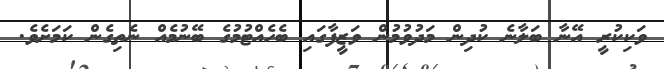
ވަކިކުރީ އޭނާ ބަލާނެ ކުދިން މަދުވުމުން ވަޒީފާގައި ބެހެއްޓުމުގެ ބޭނުމެއް ނެތިގެން ކަމަށެވެ.